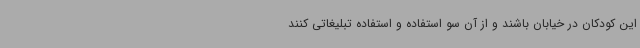
این کودکان در خیابان باشند و از آن سو استفاده و استفاده تبلیغاتی کنند